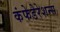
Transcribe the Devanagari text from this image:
कंफेडेरेशन्स